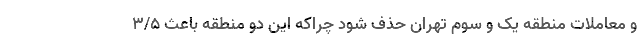
و معاملات منطقه یک و سوم تهران حذف شود چراکه این دو منطقه باعث ۳/۵